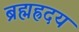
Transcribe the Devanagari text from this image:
ब्रह्मह्रदय